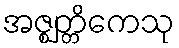
အဇ္ဈတ္တိကေသု